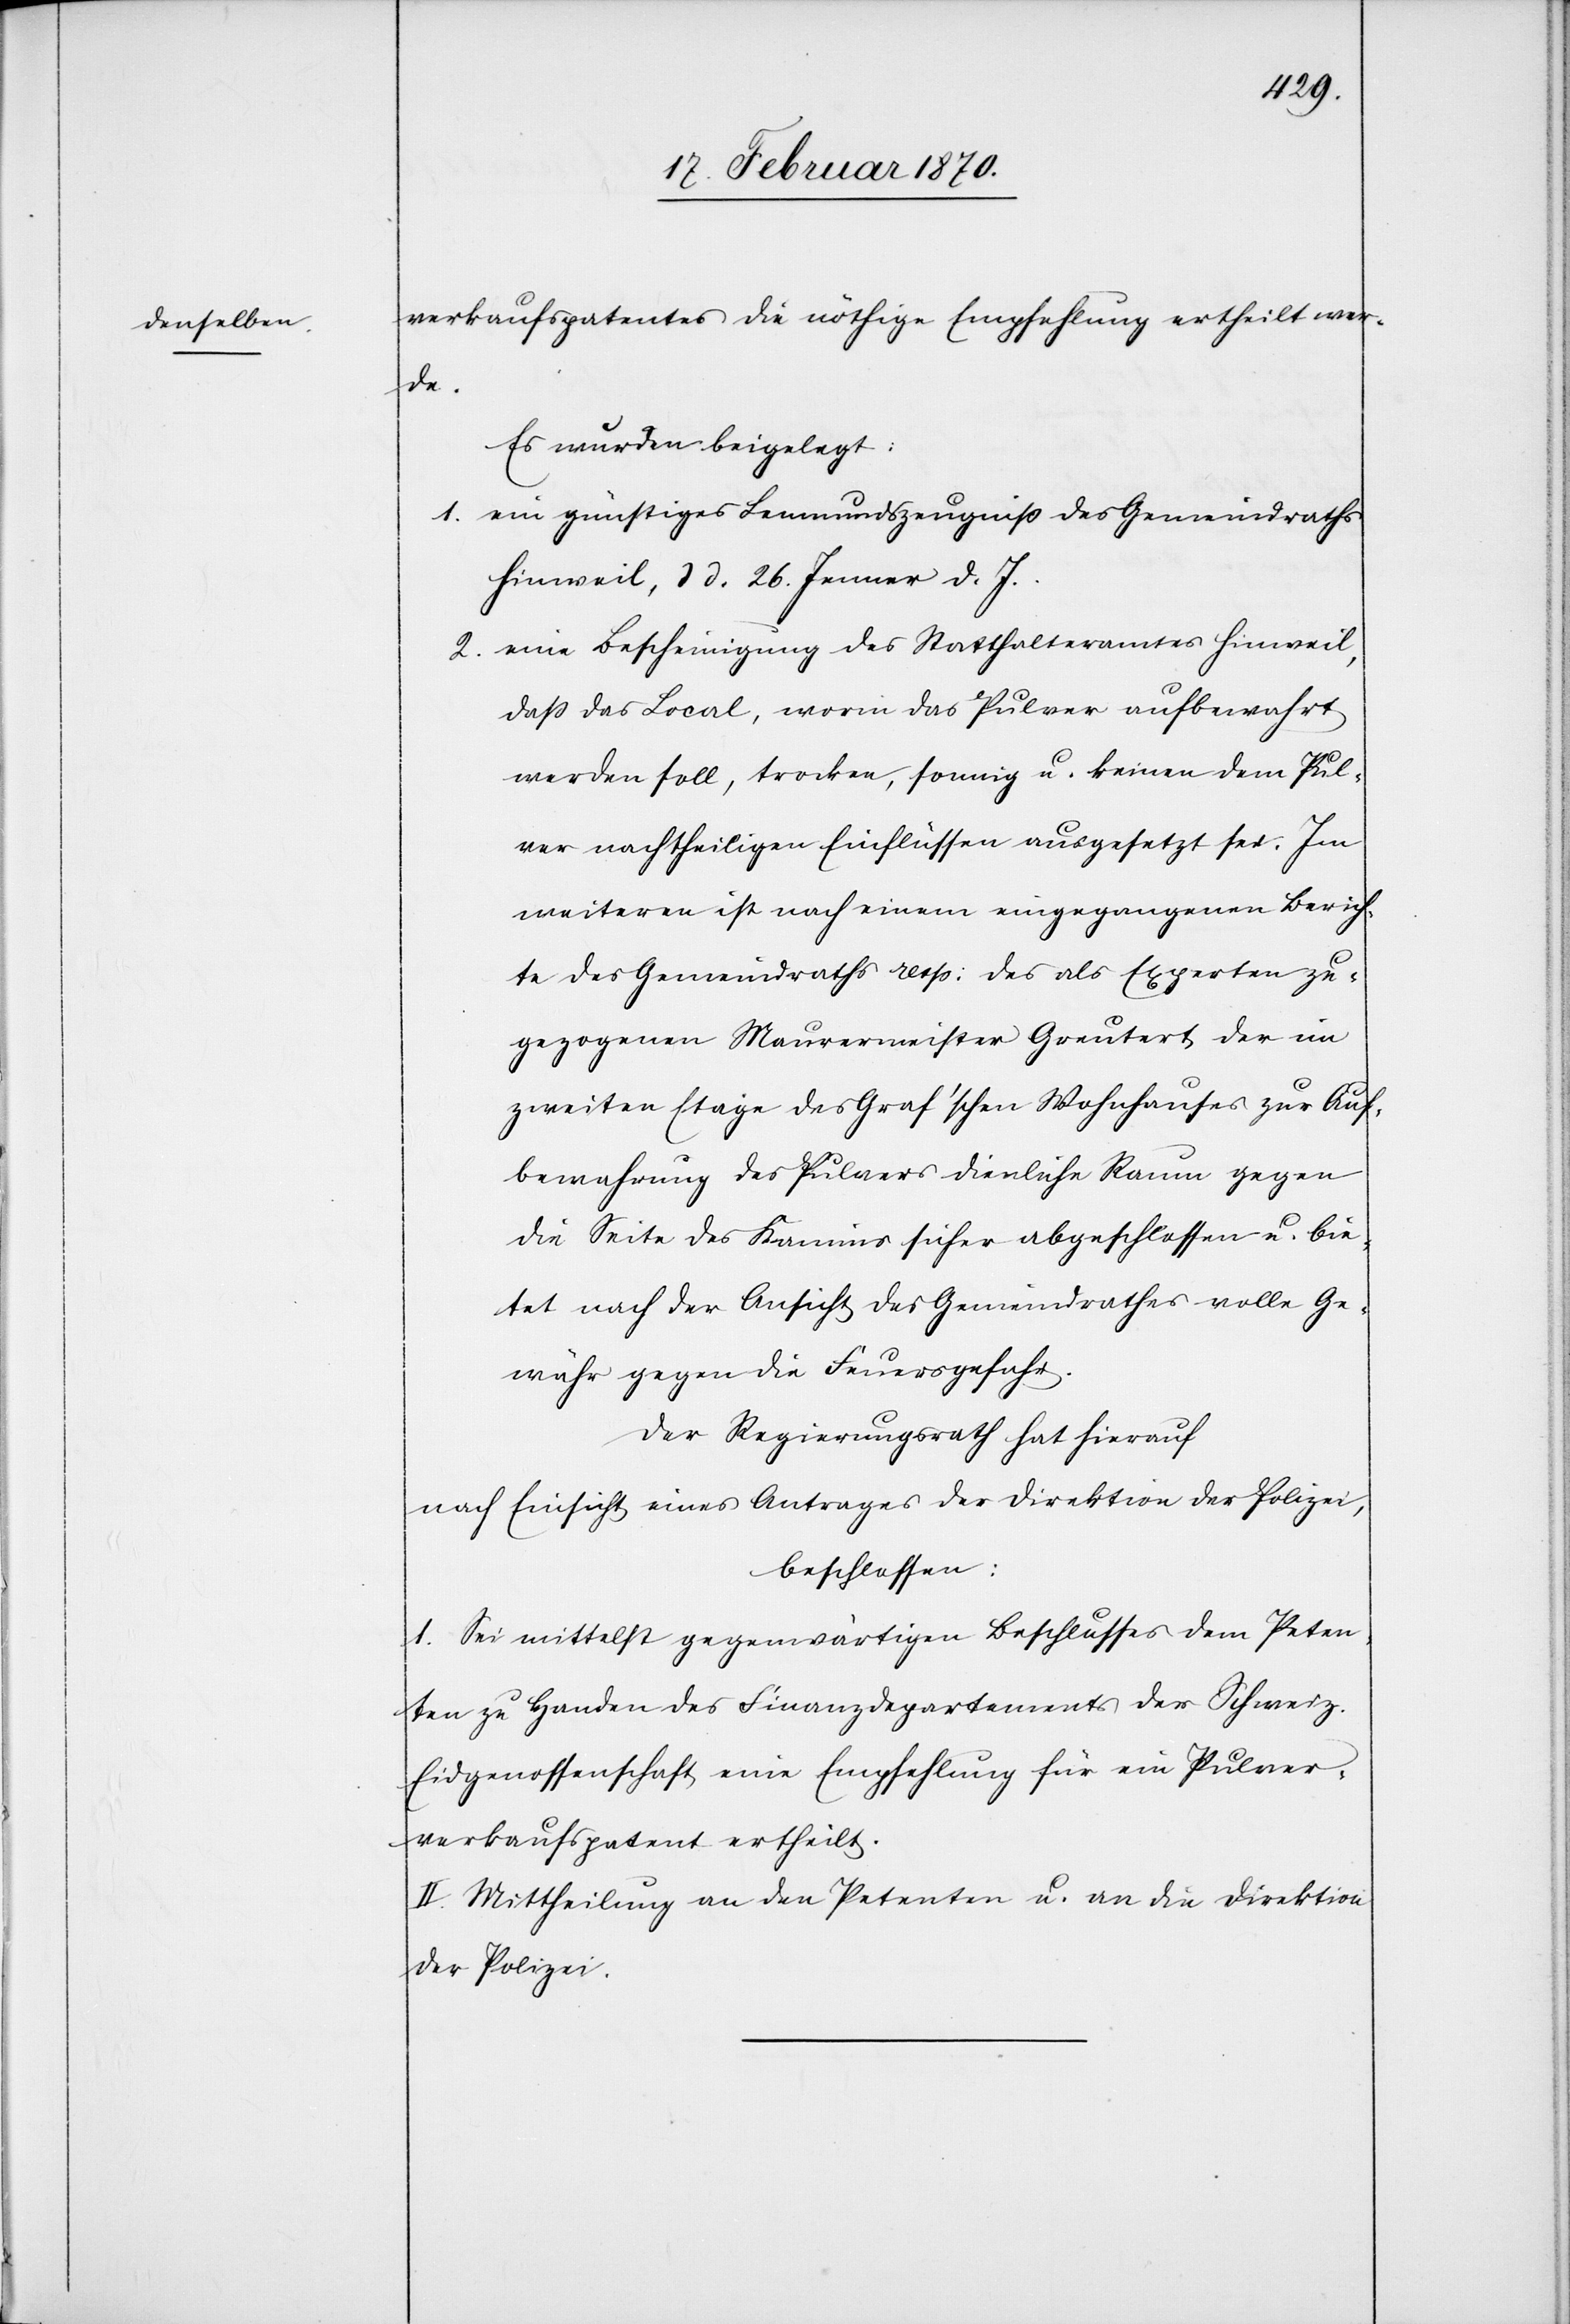
verkaufspatentes die nöthige Empfehlung ertheilt wer¬
de.
Es wurden beigelegt:
1. ein günstiges Leumundszeugniss des Gemeindraths
Hinweil, d d. 26. Jenner d. J.
2. eine Bescheinigung des Statthalteramtes Hinweil,
dass das Local, worin das Pulver aufbewahrt
werden soll, trocken, sonnig u. keinen dem Pul¬
ver nachtheiligen Einflüssen ausgesetzt sei. Im
weiteren ist nach einem eingegangenen Berich¬
te des Gemeindraths resp: des als Experten zu¬
gezogenen Maurermeister Greutert, der im
zweiten Etage des Graf’schen Wohnhauses zur Auf¬
bewahrung des Pulvers dienliche Raum gegen
die Seite des Kamins sicher abgeschlossen u. bie¬
tet nach der Aufsicht des Gemeindrathes volle Ge¬
währ gegen die Feuersgefahr.
Der Regierungsrath hat hierauf
nach Einsicht eines Antrages der Direktion der Polizei,
beschlossen:
I. Sei mittelst gegenwärtigen Beschlusses dem Peten¬
ten zu Handen des Finanzdepartements der Schweiz.
Eidgenossenschaft eine Empfehlung für ein Pulver¬
verkaufspatent ertheilt.
II. Mittheilung an den Petenten u. an die Direktion
der Polizei.